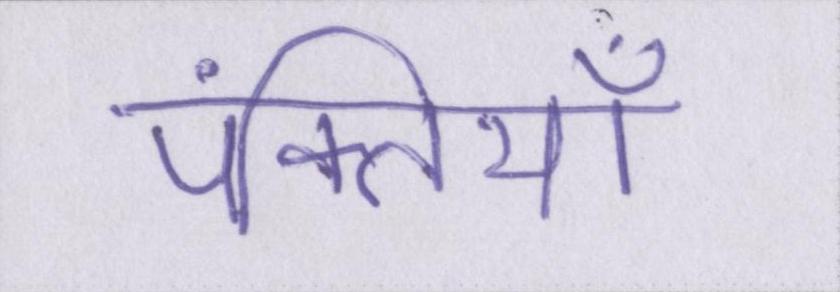
पंक्तियाँ